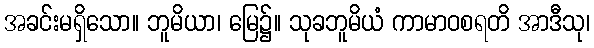
အခင်းမရှိသော။ ဘူမိယာ၊ မြေ၌။ သုခဘူမိယံ ကာမာဝစရတိ အာဒီသု၊